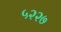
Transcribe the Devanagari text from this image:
५२२७